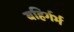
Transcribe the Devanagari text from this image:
बहिर्गर्भ